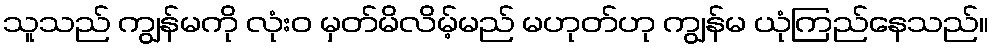
သူသည် ကျွန်မကို လုံးဝ မှတ်မိလိမ့်မည် မဟုတ်ဟု ကျွန်မ ယုံကြည်နေသည်။